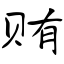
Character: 贿